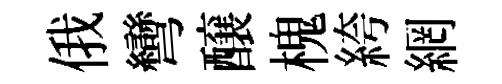
俄彎醸槐絝網